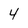
Character: 4